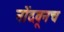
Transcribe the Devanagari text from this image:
नोंदवूनच